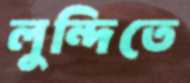
লুন্দিতে